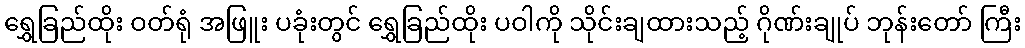
ရွှေခြည်ထိုး ဝတ်ရုံ အဖြူး ပခုံးတွင် ရွှေခြည်ထိုး ပဝါကို သိုင်းချထားသည့် ဂိုဏ်းချုပ် ဘုန်းတော် ကြီး